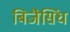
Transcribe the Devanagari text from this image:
बिजैसिंध